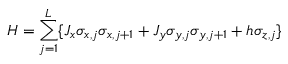
H = \sum _ { j = 1 } ^ { L } \{ J _ { x } \sigma _ { x , j } \sigma _ { x , j + 1 } + J _ { y } \sigma _ { y , j } \sigma _ { y , j + 1 } + h \sigma _ { z , j } \} \, \nonumber